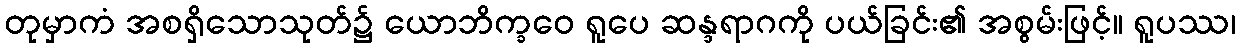
တုမှာကံ အစရှိသောသုတ်၌ ယောဘိက္ခဝေ ရူပေ ဆန္ဒရာဂကို ပယ်ခြင်း၏ အစွမ်းဖြင့်။ ရူပဿ၊